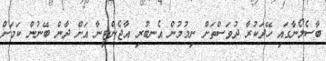
ބާސެލޯނާގައި ހޭދަކުރާ ދުވަސްތަށް ނިމުމުން އެނބުރި އާޖެންޓީނާ އަށް ދާން ބޭނުން ކަމަށް